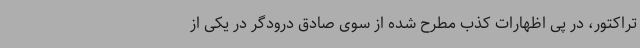
تراکتور، در پی اظهارات کذب مطرح شده از سوی صادق درودگر در یکی از